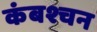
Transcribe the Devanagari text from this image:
कंबश्चन